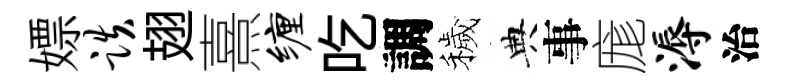
嫖跌翅熹缠吃調穢典事庬溽治